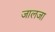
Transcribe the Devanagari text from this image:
जालजा